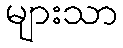
များသာ